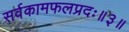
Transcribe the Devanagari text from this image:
सर्वकामफलप्रदः॥३॥